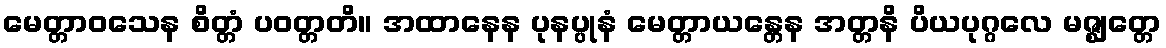
မေတ္တာဝသေန စိတ္တံ ပဝတ္တတိ။ အထာနေန ပုနပ္ပုနံ မေတ္တာယန္တေန အတ္တနိ ပိယပုဂ္ဂလေ မဇ္ဈတ္တေ